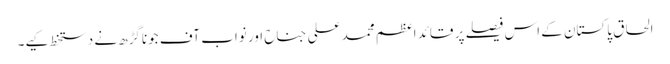
الحاق پاکستان کے اس فیصلے پر قائد اعظم محمد علی جناح اور نواب آف جوناگڑھ نے دستخط کیے۔